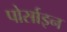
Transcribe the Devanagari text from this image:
पोर्साइन